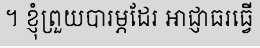
។ ខ្ញុំព្រួយបារម្ភដែរ អាជ្ញាធរធ្វើ